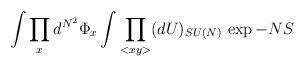
LaTeX: \begin{align*}\int \prod_x d^{N^2}\Phi_x \int \prod_{<xy>} (dU)_{SU(N)} \, \exp{-N S}\end{align*}